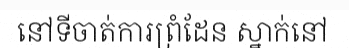
នៅទីចាត់ការព្រំដែន ស្នាក់នៅ